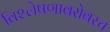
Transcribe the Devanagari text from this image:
विश्लेषणाबरोबरच